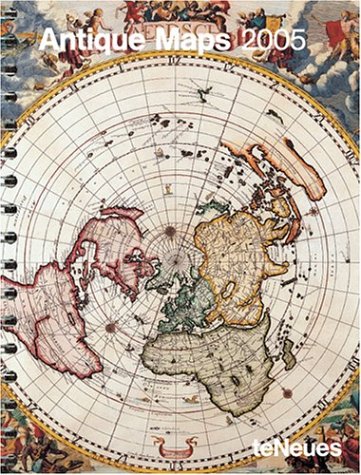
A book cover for Antique Maps 2005 Calendar; Calendars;